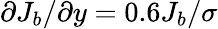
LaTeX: \partial J_{b}/\partial y=0.6J_{b}/\sigma